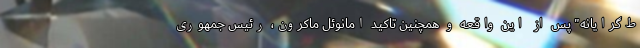
ط‌گرایانه" پس از این واقعه و همچنین تاکید امانوئل ماکرون، رئیس جمهوری